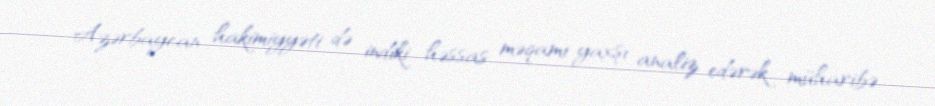
Azərbaycan hakimiyyəti də indiki həssas məqamı yaxşı analiz edərək müharibə